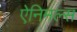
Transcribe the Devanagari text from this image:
ऐनिमल्स